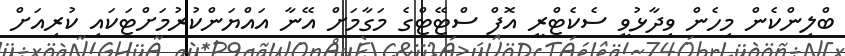
ބްލިންކެން މިހެން ވިދާޅުވީ ސެކެޓްރީ އޮފް ސްޓޭޓްގެ މަގާމަށް އޭނާ އައްޔަންކުރުމަށްޓަކައި ކުރިއަށް